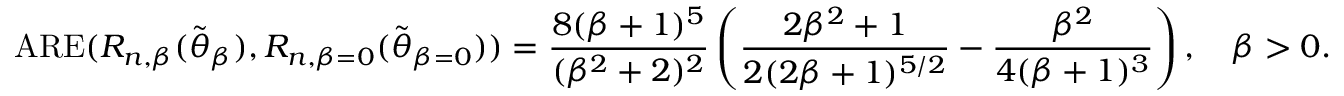
\mathrm { A R E } ( R _ { n , \beta } ( \widetilde { \boldsymbol { \theta } } _ { \beta } ) , R _ { n , \beta = 0 } ( \widetilde { \boldsymbol { \theta } } _ { \beta = 0 } ) ) = \frac { 8 ( \beta + 1 ) ^ { 5 } } { ( \beta ^ { 2 } + 2 ) ^ { 2 } } \left( \frac { 2 \beta ^ { 2 } + 1 } { 2 ( 2 \beta + 1 ) ^ { 5 / 2 } } - \frac { \beta ^ { 2 } } { 4 ( \beta + 1 ) ^ { 3 } } \right) , \quad \beta > 0 .